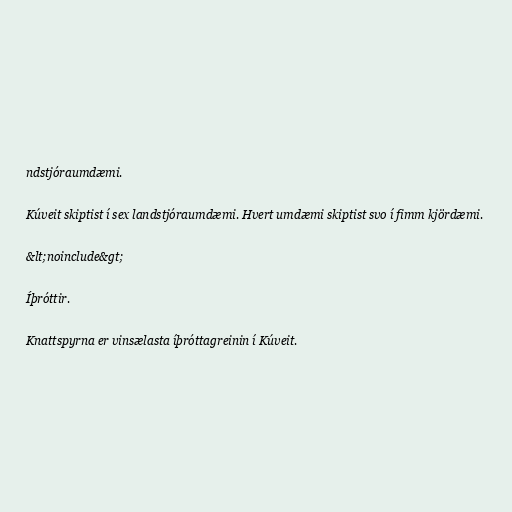
ndstjóraumdæmi.

Kúveit skiptist í sex landstjóraumdæmi. Hvert umdæmi skiptist svo í fimm kjördæmi.

&lt;noinclude&gt;

Íþróttir.

Knattspyrna er vinsælasta íþróttagreinin í Kúveit.